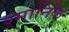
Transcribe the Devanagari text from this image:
श्र्मानिक